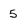
Character: 5